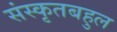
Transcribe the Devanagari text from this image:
संस्कृतबहुल